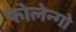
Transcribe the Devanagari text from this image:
फोलेन्गो